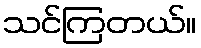
သင်ကြတယ်။